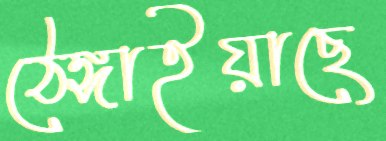
ঠেঙ্গাইয়াছে